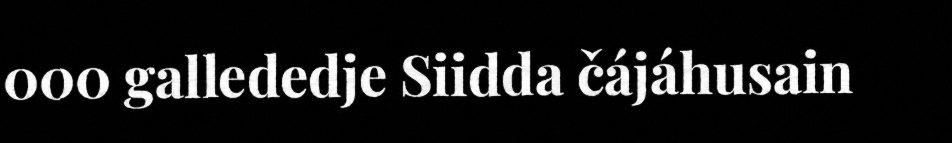
000 gallededje Siidda čájáhusain